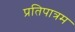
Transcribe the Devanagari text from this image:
प्रतिपात्रम